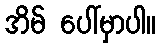
အိမ် ပေါ်မှာပါ။